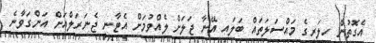
އެގޮތުން ހިލަރީގެ މައްސަލަތައް ބަލައި އޭނާ ޖަލަށް ލެއްވުމަށް އެޓާނީ ޖެނަރަލްއަށް އަންގަވާނެ